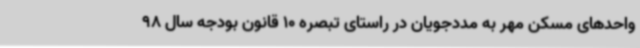
واحدهای مسکن مهر به مددجویان در راستای تبصره 10 قانون بودجه سال 98